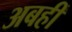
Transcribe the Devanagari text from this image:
अबहीं